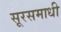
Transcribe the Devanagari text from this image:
सूरसमाधी